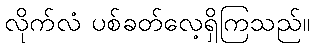
လိုက်လံ ပစ်ခတ်လေ့ရှိကြသည်။